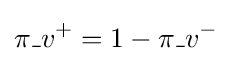
\pi \_v^{+}=1-\pi \_v^{-}